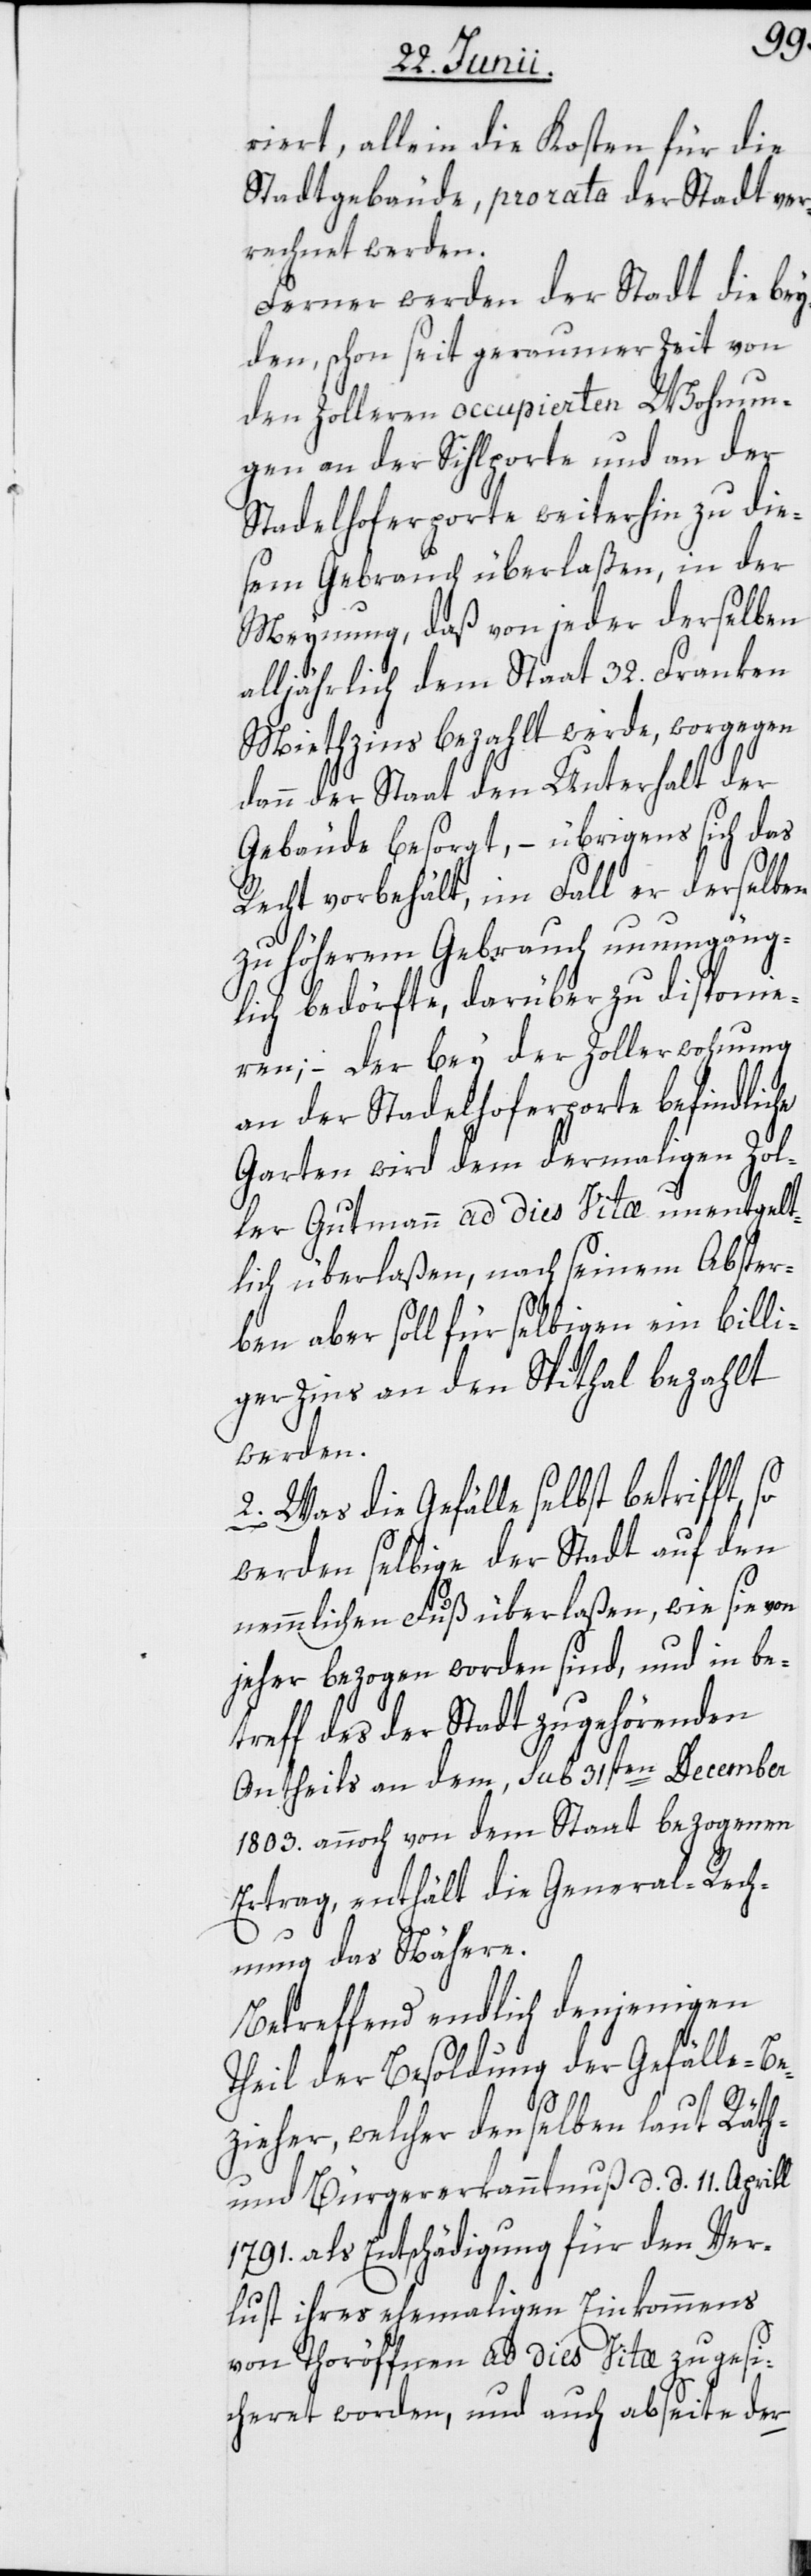
riert, allein die Kosten für die
Stadtgebäude, pro rata der Stadt ver¬
rechnet werden.
Ferner werden der Stadt die bey¬
den, schon seit geraumer Zeit von
den Zollern occupierten Wohnun¬
gen an der Sihlporte und an der
Stadelhoferporte weiterhin zu die¬
sem Gebrauch überlaßen, in der
Meynung, daß von jeder derselben
alljährlich dem Staat 32. Franken
Miethzins bezahlt werde, worgegen
dann der Staat den Unterhalt der
Gebäude besorgt, – übrigens sich das
Recht vorbehält, im Fall er derselben
zu höherem Gebrauch unumgäng¬
lich bedörfte, darüber zu disponie¬
ren; – der bey der Zollerwohnung
an der Stadelhoferporte befindliche
Garten wird dem dermaligen Zol¬
ler Gutmann ad dies Vitæ unentgelt¬
lich überlaßen, nach seinem Abster¬
ben aber soll für selbigen ein billi¬
ger Zins an den Spithal bezahlt
werden.
2. Was die Gefälle selbst betrifft,
werden selbige der Stadt auf den
nemmlichen Fuß überlaßen, wie sie von
jeher bezogen worden sind, und in be¬
treff des der Stadt zugehörenden
Antheils an dem, sub 31sten December
1803. annoch von dem Staat bezogenen
Ertrag, enthält die General-Rech¬
nung das Nähere.
Betreffend endlich denjenigen
Theil der Besoldung der Gefälle-Be¬
zieher, welcher denselben laut Räth-
und Bürgererkanntnuß d. d. 11. Aprill
1791. als Entschädigung für den Ver¬
lust ihres ehemaligen Einkommens
von Thoröffnen ad dies Vitæ zugesi¬
cheret worden, und auch abseite der